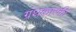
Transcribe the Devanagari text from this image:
ग्रंथकारकी